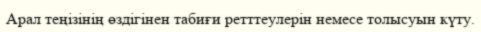
Арал теңізінің өздігінен табиғи ретттеулерін немесе толысуын күту.